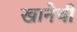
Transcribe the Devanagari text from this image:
खानेची